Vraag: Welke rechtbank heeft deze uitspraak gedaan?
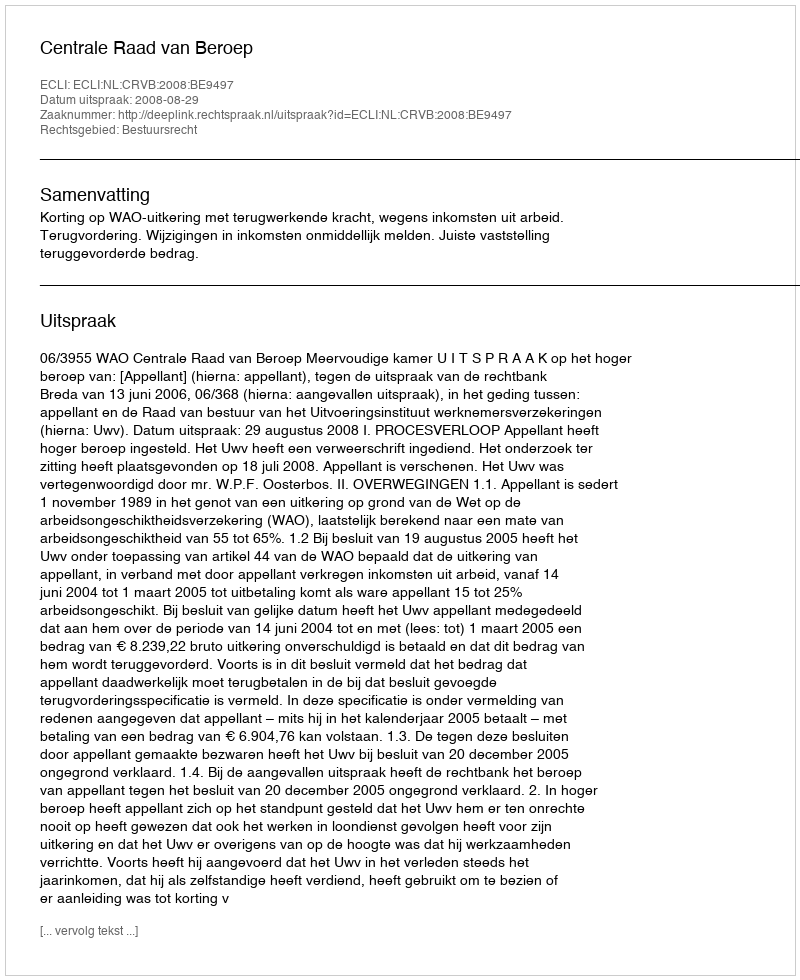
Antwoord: Centrale Raad van Beroep